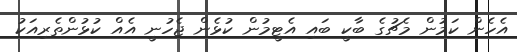
އެހެން ކަމުން މެޗުގެ ބާކީ ބައި އެޓީމުން ކުޅެން ޖެހުނީ އެއް ކުޅުންތެރިއަކު